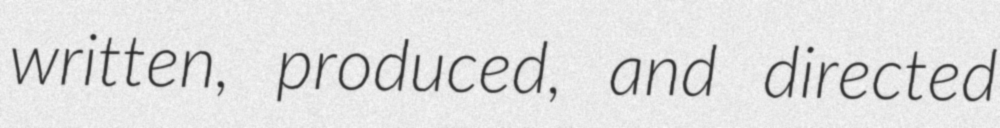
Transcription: written, produced, and directed